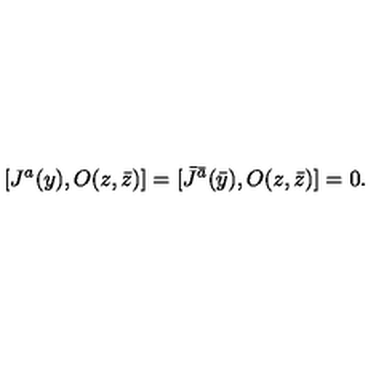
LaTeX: [ J ^ { a } ( y ) , O ( z , \bar { z } ) ] = [ \bar { J } ^ { \bar { a } } ( \bar { y } ) , O ( z , \bar { z } ) ] = 0 .